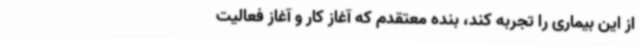
از این بیماری را تجربه کند، بنده معتقدم که آغاز کار و آغاز فعالیت